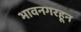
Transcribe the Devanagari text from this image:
भावनगरहून